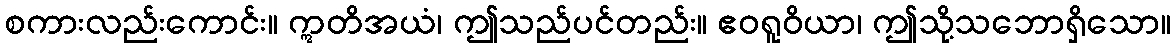
စကားလည်းကောင်း။ ဣတိအယံ၊ ဤသည်ပင်တည်း။ ဧဝရူဝိယာ၊ ဤသို့သဘောရှိသော။